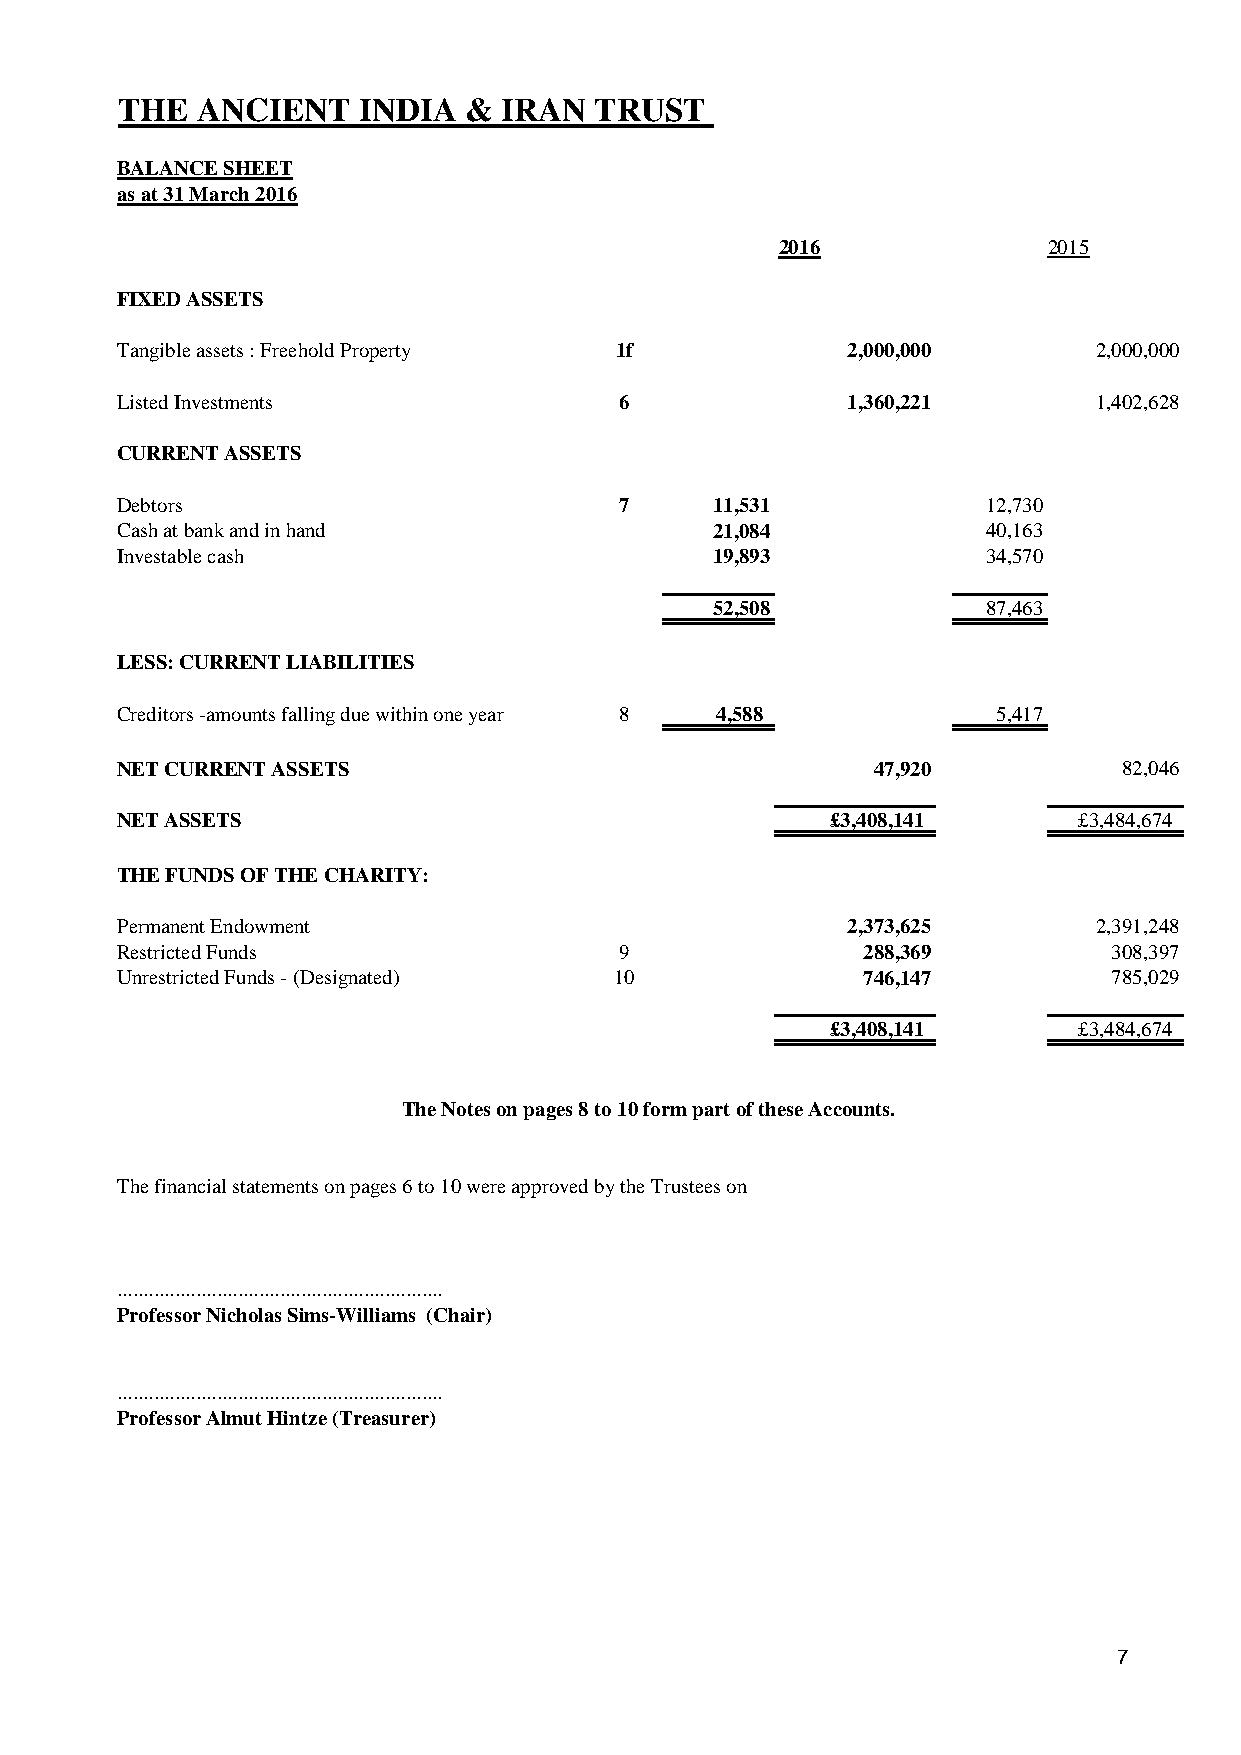
THE  ANCIENT    INDIA  & IRAN  TRUST
 BALANCE SHEET
 as at 31 March 2016
 2016             2015
 FIXED ASSETS
 Tangible assets : Freehold Property 1f          2,000,000       2,000,000
 Listed Investments               6              1,360,221       1,402,628
 CURRENT ASSETS
 Debtors                          7     11,531            12,730
 Cash at bank and in hand               21,084            40,163
 Investable cash                        19,893            34,570
 52,508            87,463
 LESS: CURRENT LIABILITIES
 Creditors -amounts falling due within one year 8 4,588    5,417
 NET CURRENT ASSETS                                47,920          82,046
 NET ASSETS                                     £3,408,141      £3,484,674
 THE FUNDS OF THE CHARITY:
 Permanent Endowment                             2,373,625       2,391,248
 Restricted Funds                 9               288,369          308,397
 Unrestricted Funds - (Designated) 10             746,147          785,029
 £3,408,141      £3,484,674
 The Notes on pages 8 to 10 form part of these Accounts.
 The financial statements on pages 6 to 10 were approved by the Trustees on
 ..............................................................
 Professor Nicholas Sims-Williams (Chair)
 ..............................................................
 Professor Almut Hintze (Treasurer)
 7